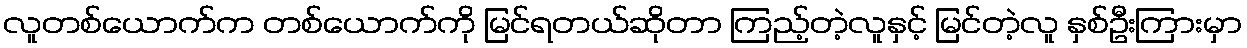
လူတစ်ယောက်က တစ်ယောက်ကို မြင်ရတယ်ဆိုတာ ကြည့်တဲ့လူနှင့် မြင်တဲ့လူ နှစ်ဦးကြားမှာ